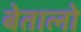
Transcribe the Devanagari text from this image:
बेतालो